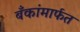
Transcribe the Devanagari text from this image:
बँकांमार्फत